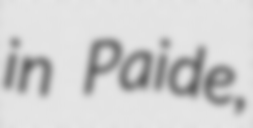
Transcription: in Paide,